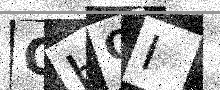
Text: QHQI